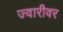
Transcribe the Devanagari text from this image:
ज्वारीवर